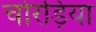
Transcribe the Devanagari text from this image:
चोरड़िया